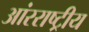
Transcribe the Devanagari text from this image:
आंरराष्ट्रीय